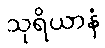
သုရိယာနံ